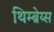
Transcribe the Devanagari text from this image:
थिम्ब्रेय्स